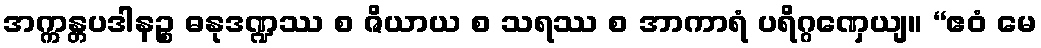
အက္ကန္တပဒါနဉ္စ ဓနုဒဏ္ဍဿ စ ဇိယာယ စ သရဿ စ အာကာရံ ပရိဂ္ဂဏှေယျ။ “ဧဝံ မေ